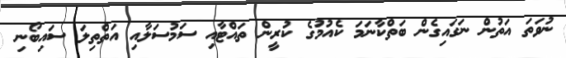
ނުވަތަ އަތުން ނަގައިގެން ބަތްކާނަމަ ކެއުމުގެ ކުރީން ތައްޓާއި ސަމުސަލާއި އަތްތިލަ ސައިބޯނި